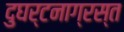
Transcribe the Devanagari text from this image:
दुघर्टनाग्रस्त